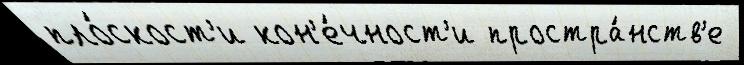
пло́скост'и кон'е́чност'и простра́нств'е